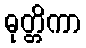
ဓုတ္တိကာ